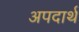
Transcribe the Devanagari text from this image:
अपदार्थ